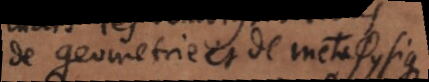
de geometrie et de metaphysique